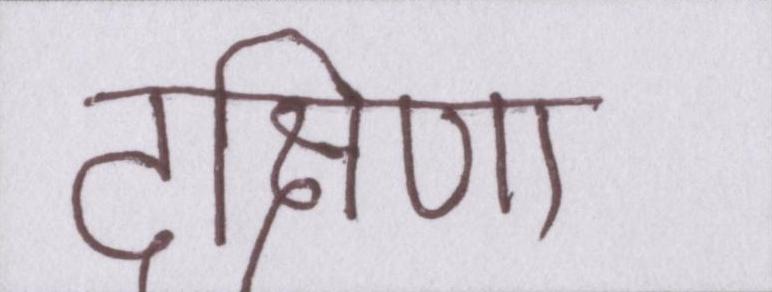
दक्षिणा